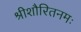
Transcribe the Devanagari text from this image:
श्रीशौरितनमः